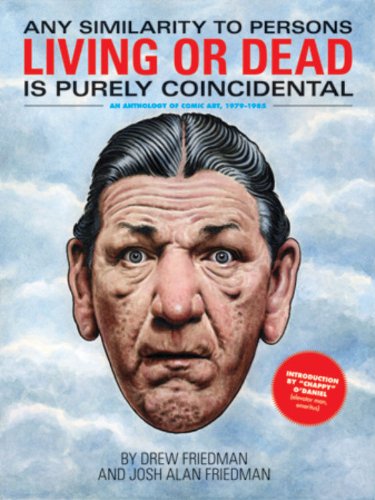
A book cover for Any Similarity to Persons Living or Dead is Purely Coincidental (Two); Drew Friedman; Arts & Photography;